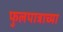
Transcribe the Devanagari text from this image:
फुलपात्राच्या